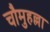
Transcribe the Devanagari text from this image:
चौमुहल्ला